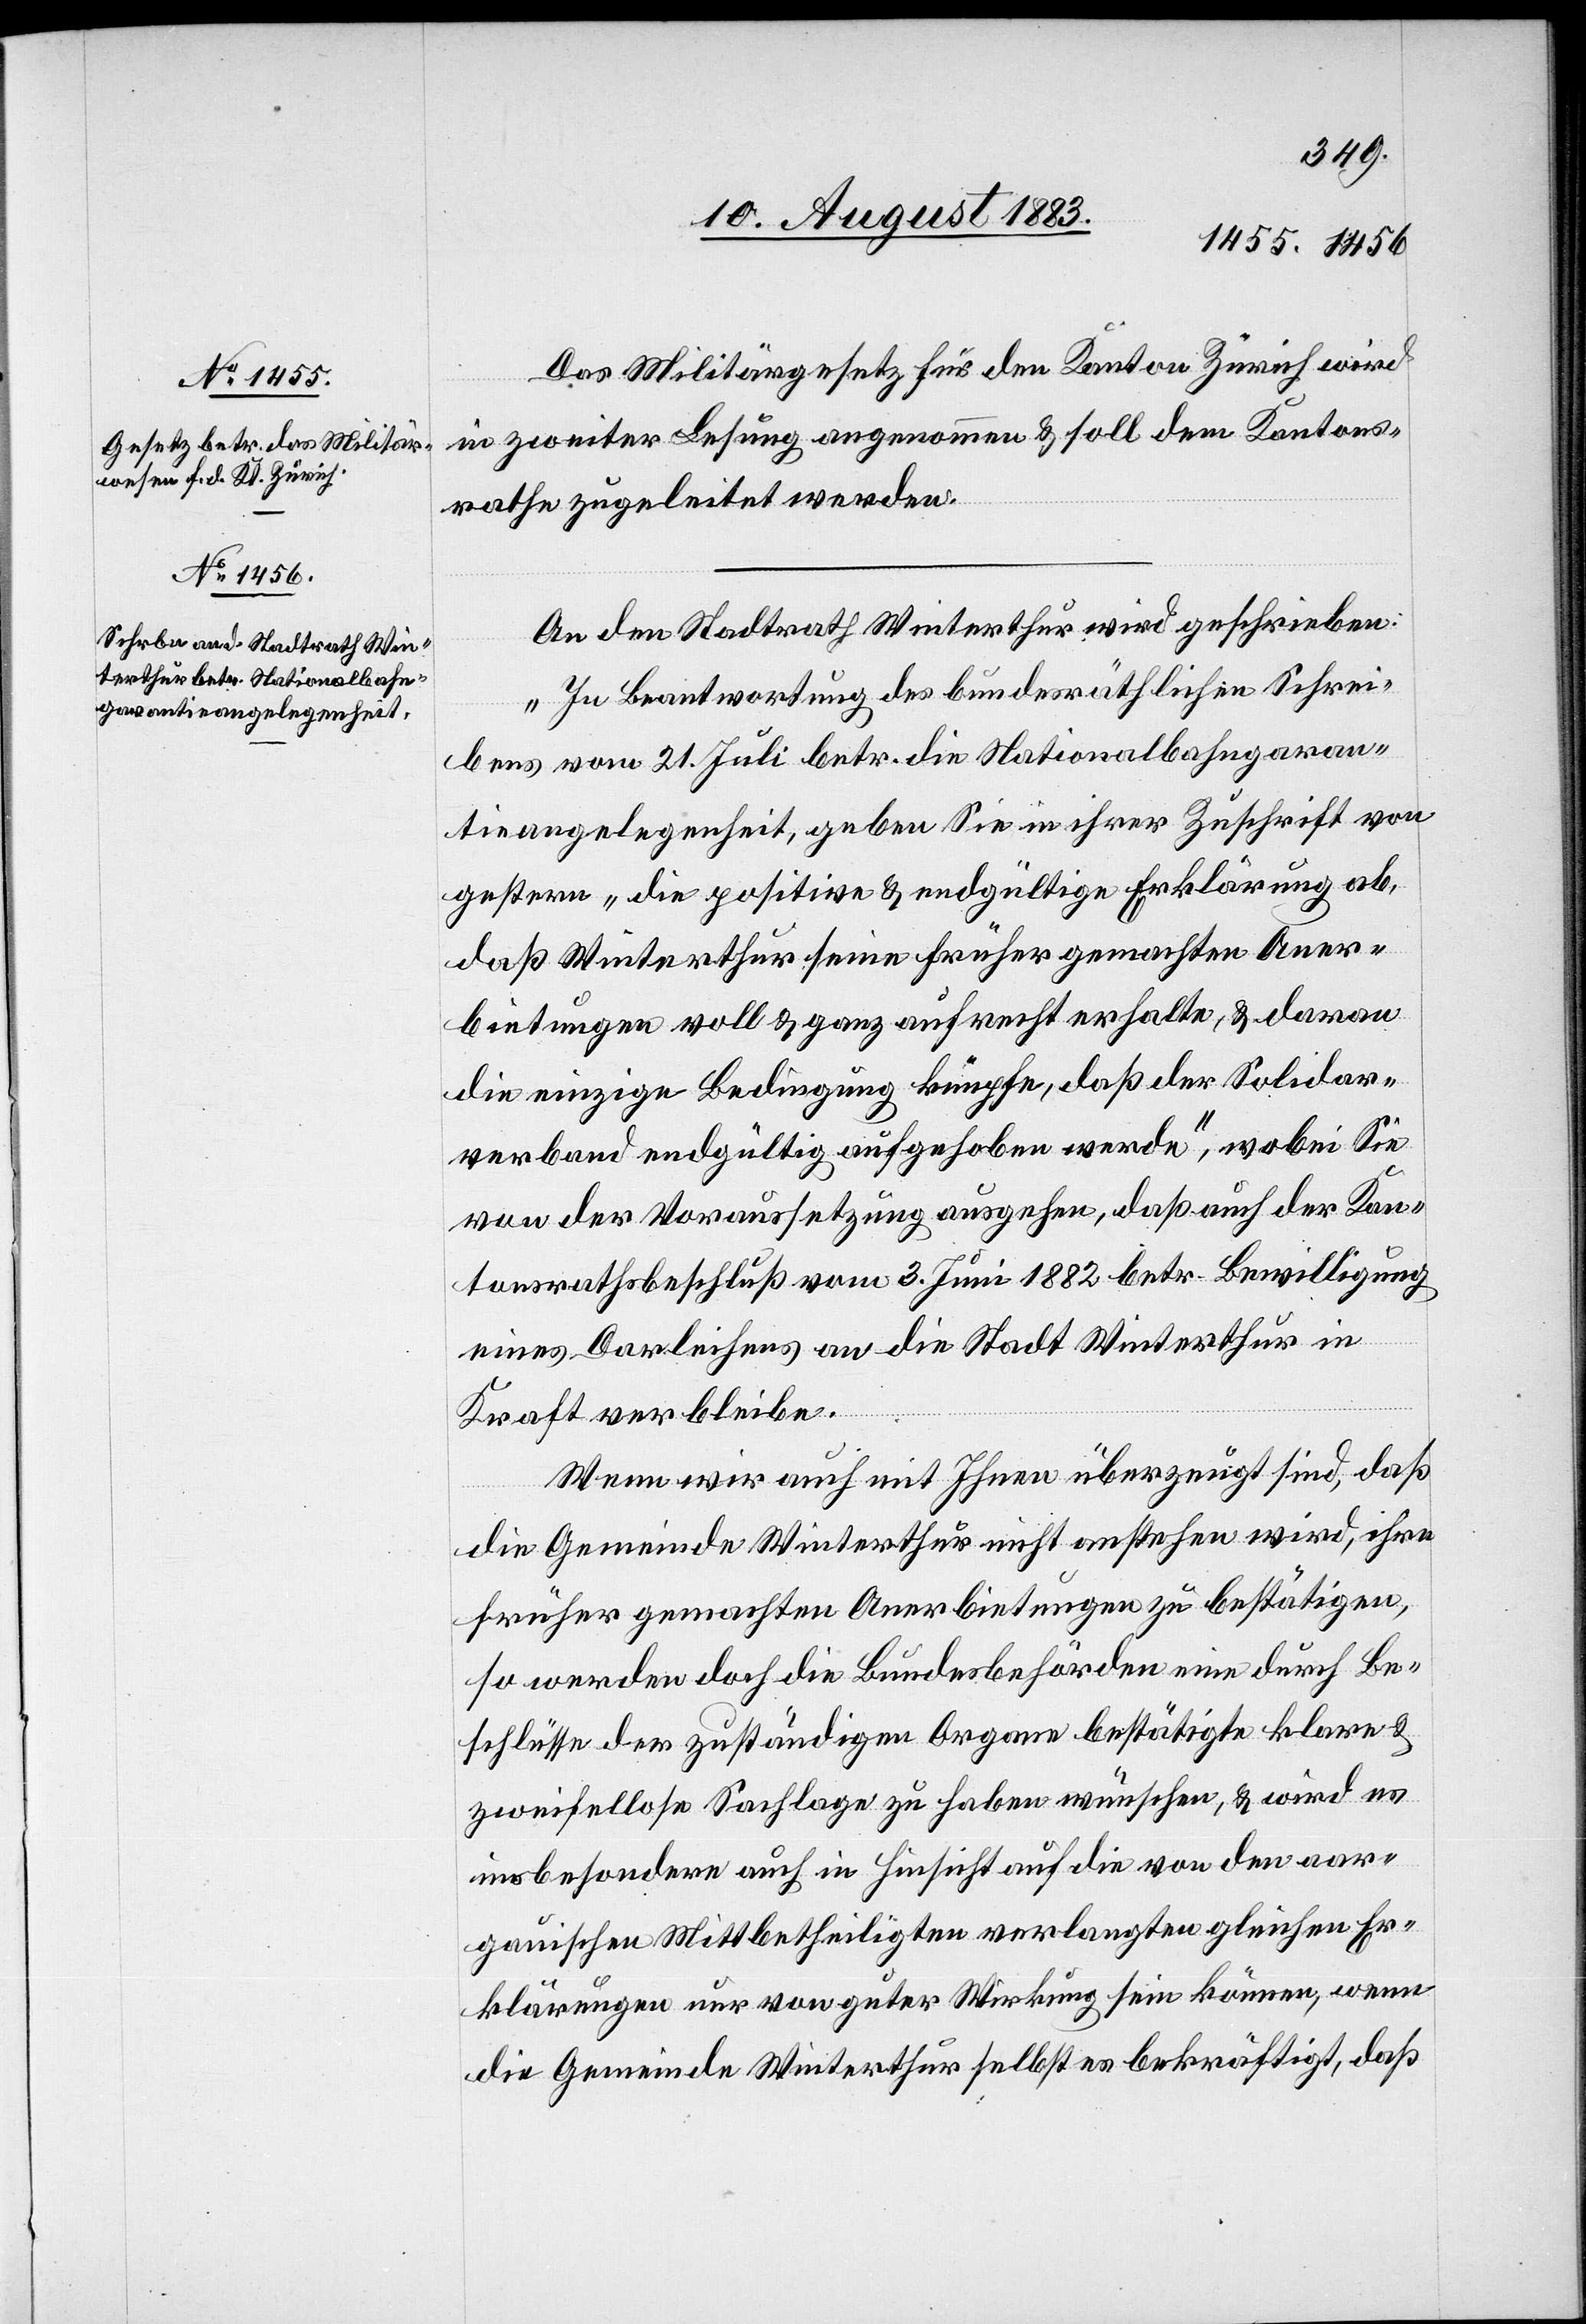
Das Militärgesetz für den Kanton Zürich wird
in zweiter Lesung angenommen & soll dem Kantons¬
rathe zugeleitet werden.
An den Stadtrath Winterthur wird geschrieben:
„In Beantwortung des bundesräthlichen Schrei¬
bens vom 21. Juli betr. die Nationalbahngaran¬
tieangelegenheit, geben sie in ihrer Zuschrift von
gestern „die positive & endgültige Erklärung ab,
daß Winterthur seine früher gemachten Aner¬
bietungen voll & ganz aufrecht erhalte, & daran
die einzige Bedingung knüpfe, daß der Solidar¬
verband endgültig aufgehoben werde“, wobei Sie
von der Voraussetzung ausgehen, daß auch den Kan¬
tonsrathsbeschluß vom 3. Juni 1882 betr. Bewilligung
eines Darleihens an die Stadt Winterthur in
Kraft verbleibe.
Wenn wir auch mit Ihnen überzeugt sind, daß
die Gemeinde Winterthur nicht anstehen wird, ihre
früher gemachten Anerbietungen zu bestätigen,
so werden doch die Bundesbehörden eine durch Be¬
schlüsse der zuständigen Organe bestätigte klare &
zweifellose Sachlage zu haben wünschen, & wird es
insbesondere auch in Hinsicht auf die von den aar¬
gauischen Mittbetheiligen [sic!] verlangten gleichen Er¬
klärungen nur von guter Wirkung sein können, wenn
die Gemeinde Winterthur selbst es bekräftigt, daß